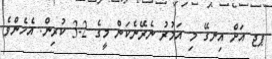
ޕޖ އަށް އިނގޭ މި އަމުރު ނެރޭނެކަން މީގެ 2-3 ކުރިން. އެހެންވެ